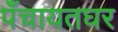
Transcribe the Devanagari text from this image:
पँचायतघर